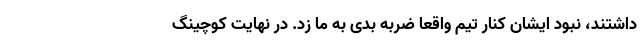
داشتند، نبود ایشان کنار تیم واقعا ضربه بدی به ما زد. در نهایت کوچینگ